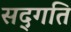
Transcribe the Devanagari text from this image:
सद्‍गति